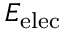
E _ { \mathrm { e l e c } }